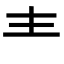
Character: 龶